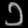
Digit: ၁